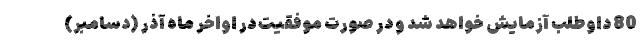
80 داوطلب آزمایش خواهد شد و در صورت موفقیت در اواخر ماه آذر (دسامبر)